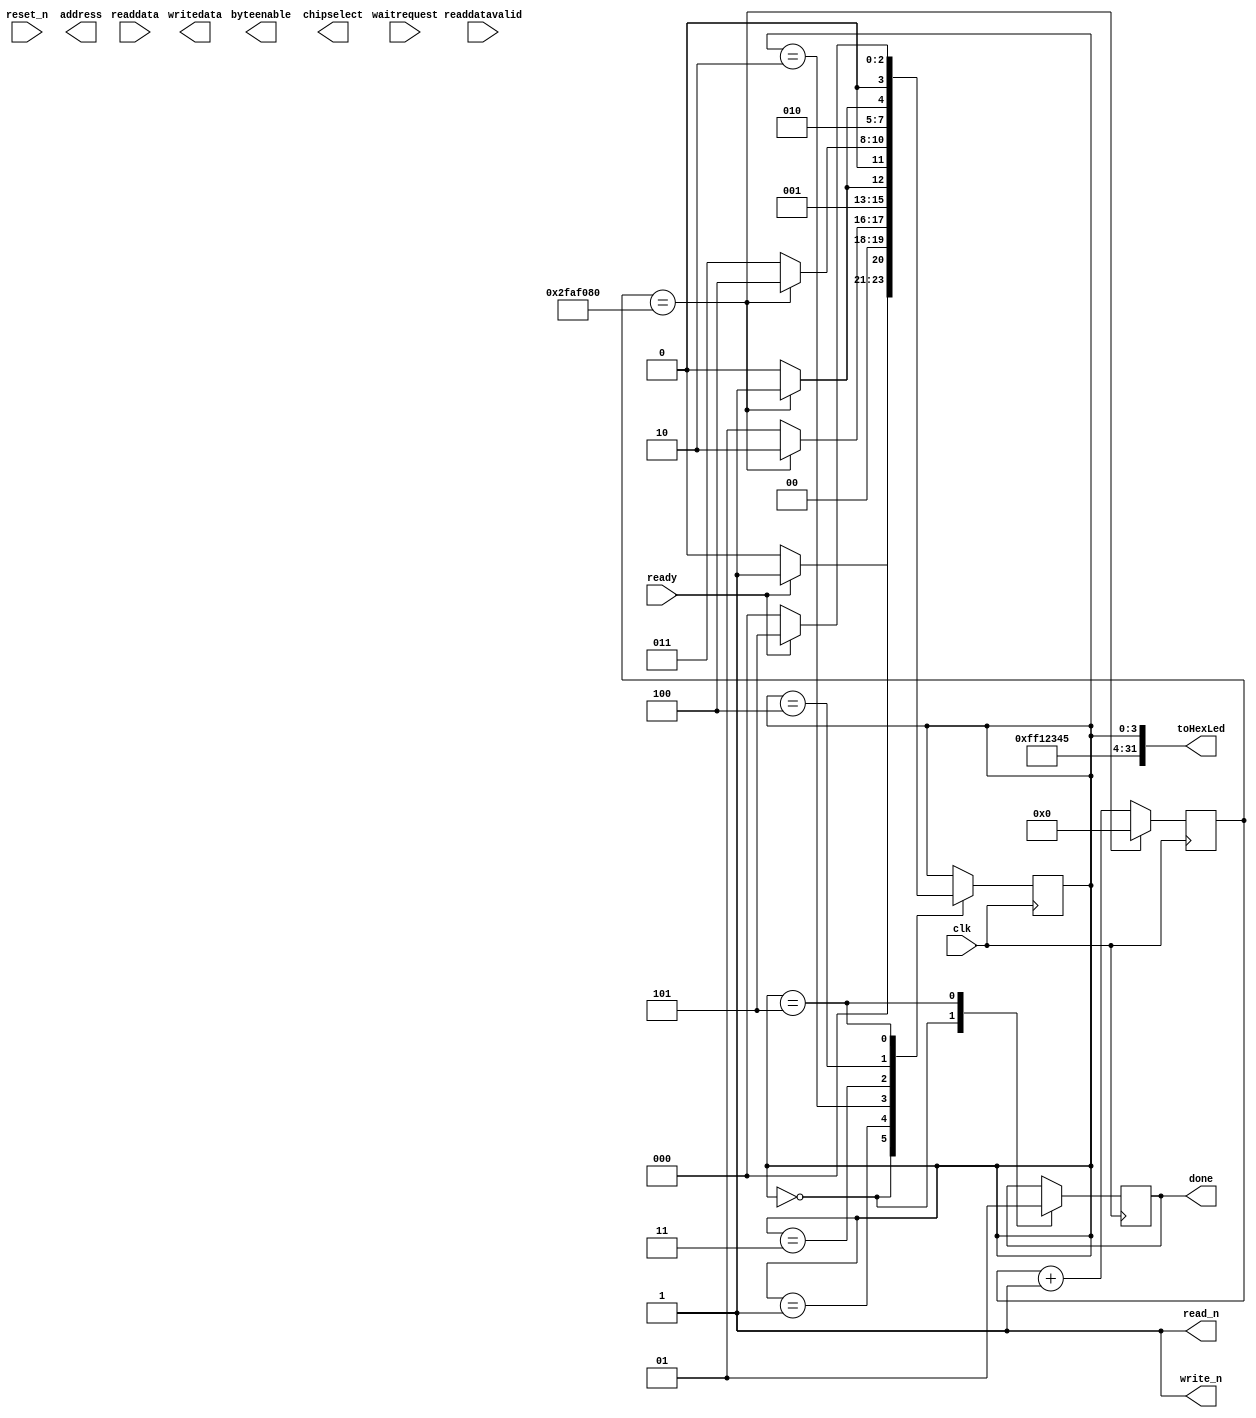
module sdram_rdy_done2(
input clk,
input reset_n,
input waitrequest,
input readdatavalid,
input [15:0] readdata,

output [1:0] byteenable,

output reg [15:0] writedata,
output reg [31:0] address,

output reg read_n = 1,
output reg write_n = 1,
output chipselect,

input ready,
output reg done,
output [31:0] toHexLed
);
	//assign byteenable = 1'b11;
	//assign chipselect = 1;
	
	reg [3:0] state = 0;
	reg [31:0] counter = 0;
	
	assign toHexLed = {28'hFF12345,state};
	
	localparam SECOND = 50_000_000;
	
	//State Machine Example
	always@(posedge clk)
	begin
		case(state)
			0: state <= (ready) ? 1 : 0;
			1: state <= (counter == SECOND) ? 2: 1;
			2: state <= (counter == SECOND) ? 3: 2;
			3: state <= (counter == SECOND) ? 4: 3;
			4: state <= (counter == SECOND) ? 5: 4;
			5: state <= (~ready) ? 0: 5;
		endcase
	end
	
	//Output 
	always@(posedge clk)
	begin
		case(state)
			0: done <= 0;
			5: done <= 1;
		endcase
	end
	
	//One Second
	always@(posedge clk)
	begin
		counter <= (counter == SECOND) ? 0 : counter + 1;
	end
endmodule